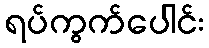
ရပ်ကွက်ပေါင်း